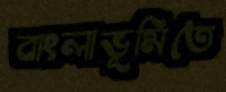
বাংলাভূমিতে